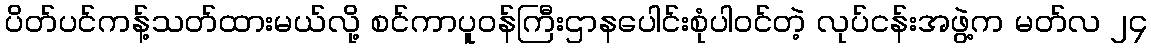
ပိတ်ပင်ကန့်သတ်ထားမယ်လို့ စင်ကာပူဝန်ကြီးဌာနပေါင်းစုံပါဝင်တဲ့ လုပ်ငန်းအဖွဲ့က မတ်လ ၂၄